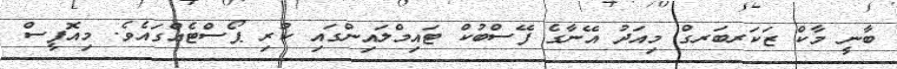
ބާނީ މާކް ޒަކަރބަރގް މިއަދު އޭނާގެ ފޭސްބުކް ޓައިމްލައިންގައި ކުރި ޕޯސްޓެއްގައެވެ. މިއޮފީސް